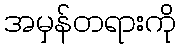
အမှန်တရားကို